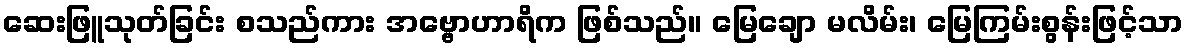
ဆေးဖြူသုတ်ခြင်း စသည်ကား အဗ္ဗောဟာရိက ဖြစ်သည်။ မြေချော မလိမ်း၊ မြေကြမ်းစွန်းဖြင့်သာ